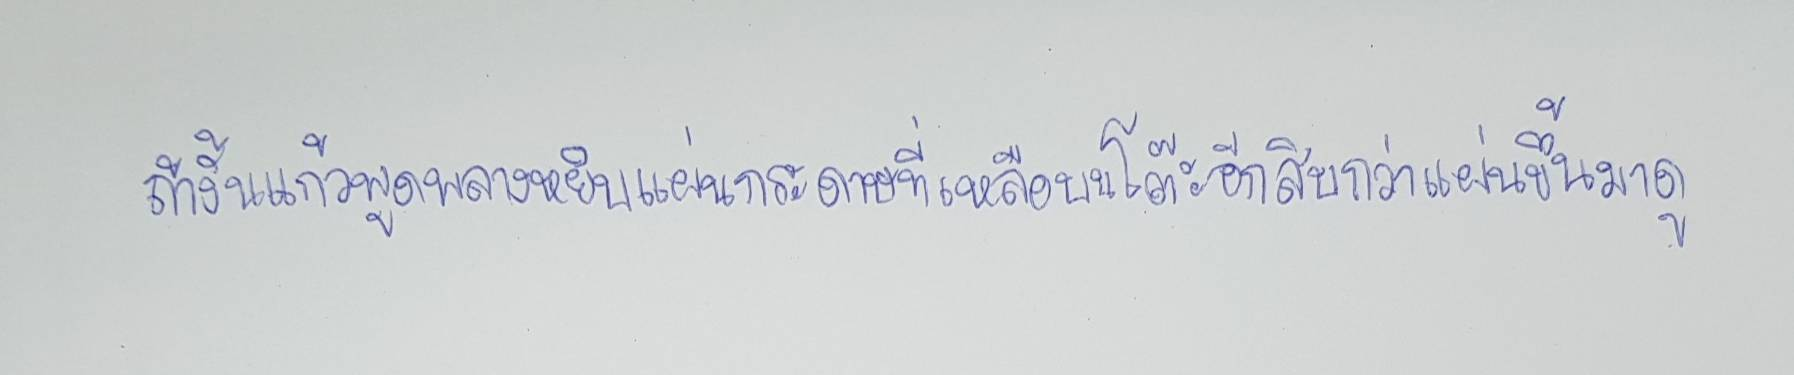
ถ้างั้นแก้วพูดพลางหยิบแผ่นกระดาษที่เหลือบนโต๊ะอีกสิบกว่าแผ่นขึ้นมาดู